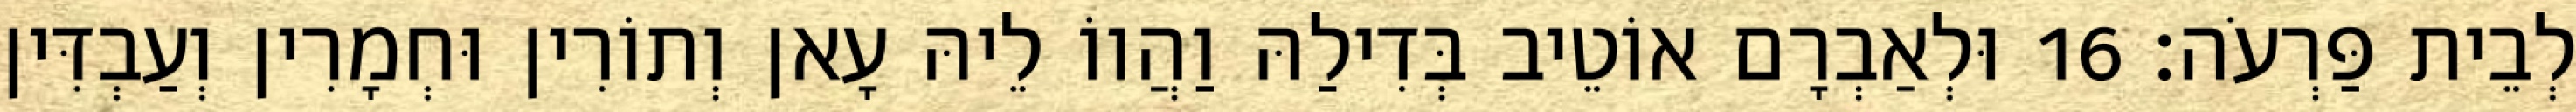
לְבֵית פַּרְעֹה׃ 16 וּלְאַבְרָם אוֹטֵיב בְּדִילַהּ וַהֲווֹ לֵיהּ עָאן וְתוֹרִין וּחְמָרִין וְעַבְדִּין